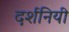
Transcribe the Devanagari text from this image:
दर्शनियी